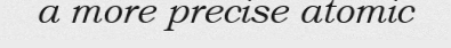
a more precise atomic